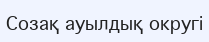
Созақ ауылдық округі